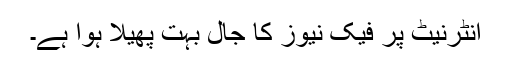
انٹرنیٹ پر فیک نیوز کا جال بہت پھیلا ہوا ہے۔